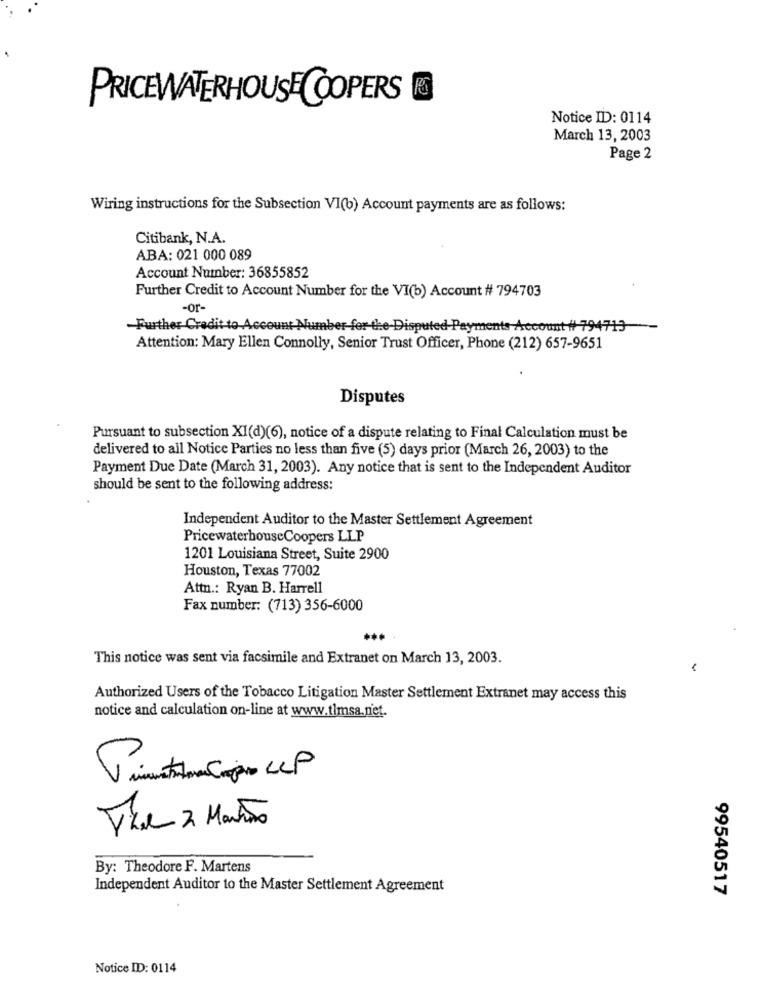
PRICEWATERHOUSE COOPERS
Notice ID: 0114
March 13, 2003
Page 2
Wiring instructions for the Subsection VI(b) Account payments are as follows:
Citibank, N.A.
ABA: 021 000 089
Account Number: 36855852
Further Credit to Account Number for the VI(b) Account # 794703
-or-
Further Credit to Account Number-for-the-Disputed Payments Account # 794713
Attention: Mary Ellen Connolly, Senior Trust Officer, Phone (212) 657-9651
Disputes
Pursuant to subsection XI(d)(6), notice of a dispute relating to Final Calculation must be
delivered to all Notice Parties no less than five (5) days prior (March 26, 2003) to the
Payment Due Date (March 31, 2003). Any notice that is sent to the Independent Auditor
should be sent to the following address:
Independent Auditor to the Master Settlement Agreement
PricewaterhouseCoopers LLP
1201 Louisiana Street, Suite 2900
Houston, Texas 77002
Attn .: Ryan B. Harrell
Fax number: (713) 356-6000
This notice was sent via facsimile and Extranet on March 13, 2003.
Authorized Users of the Tobacco Litigation Master Settlement Extranet may access this
notice and calculation on-line at www.tlmsa.net.
The 2 Monto
By: Theodore F. Martens
Independent Auditor to the Master Settlement Agreement
99540517
Notice ID: 0114